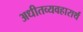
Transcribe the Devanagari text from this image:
अधीतव्यवहारार्थं